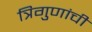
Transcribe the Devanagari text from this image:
त्रिगुणांची